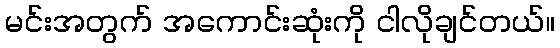
မင်းအတွက် အကောင်းဆုံးကို ငါလိုချင်တယ်။